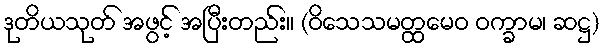
ဒုတိယသုတ် အဖွင့် အပြီးတည်း။ (ဝိသေသမတ္ထမေဝ ဝက္ခာမ၊ ဆဋ္ဌ)